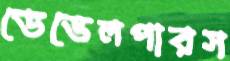
ডেভেলপারস